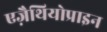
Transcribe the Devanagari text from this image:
एज़ैथियोप्राइन